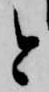
と